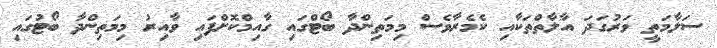
ސަލާމަތީ ވަރުގަދަ އާލާތްތަކާއި ކެމެރާވެސް މިމަތިންދާ ބޯޓްގައި ގާއިމްކޮށްފައި ވާއިރު މިމަތިންދާ ބޯޓުގައި